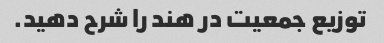
توزیع جمعیت در هند را شرح دهید.